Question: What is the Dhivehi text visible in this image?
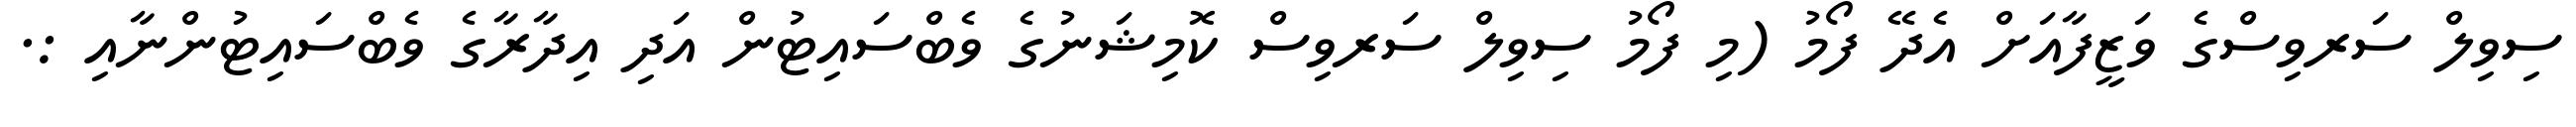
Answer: ސިވިލް ސަރވިސްގެ ވަޒީފާއަށް އެދޭ ފޯމު (މި ފޯމު ސިވިލް ސަރވިސް ކޮމިޝަނުގެ ވެބްސައިޓުން އަދި އިދާރާގެ ވެބްސައިޓުންނާއި :.